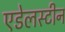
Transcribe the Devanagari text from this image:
एडेलस्टीन